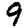
Digit: 9